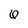
Character: 6